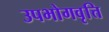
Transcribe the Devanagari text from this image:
उपभोगवृत्ति